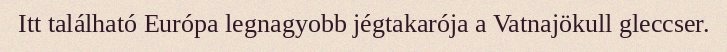
Itt található Európa legnagyobb jégtakarója a Vatnajökull gleccser.